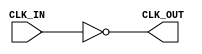
module InvertingClockBuffer (
    input wire CLK_IN,   // Input clock signal
    output wire CLK_OUT   // Inverted output clock signal
);

// Invert the input clock signal
assign CLK_OUT = ~CLK_IN;

endmodule